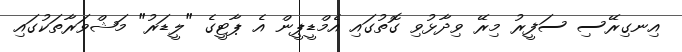
އިނގިރޭސި ސަފީރު މިރޭ ވިދާޅުވި ގޮތުގައި އެމްޑީޕީން އެ ޕާޓީގެ "ލީޑަރު" މަޝްވަރާތަކުގައި